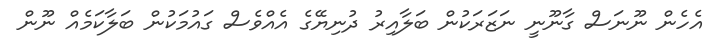
އެހެން ނޫނަސް ގާނޫނީ ނަޒަރަކުން ބަލާއިރު ދުނިޔޭގެ އެއްވެސް ގައުމަކުން ބަލާކަމެއް ނޫން